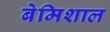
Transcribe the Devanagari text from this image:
बेमिशाल